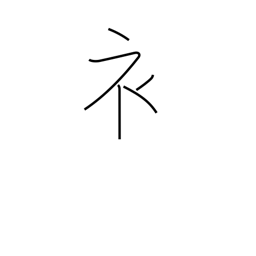
Meaning: clothing radical (no. 145